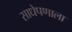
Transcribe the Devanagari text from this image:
साधेपणाला